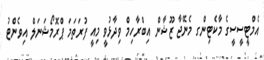
އެމްޓީސީސީގެ މާކެޓިންގ މެނޭޖާ ޒޫޝާން އިބްރާހިމް ވިދާޅުވީ މިއީ ފުރަތަމަ ޕްރޮމޯޝަނަލް އިވެންޓު